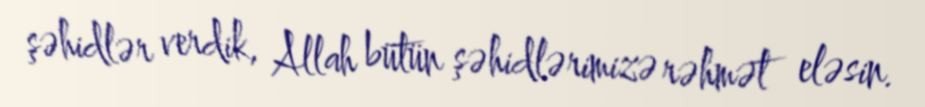
şəhidlər verdik, Allah bütün şəhidlərimizə rəhmət eləsin.